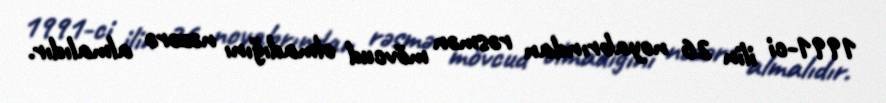
1991-ci ilin 26 noyabrından rəsmən mövcud olmadığını nəzərə almalıdır.